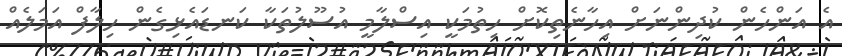
އެ އަންހެން ކުދިންނަށް އިހާނެތިކޮށް ހިތުމަކީ އިސްލާމީ އުސޫލުތަކާ ކަނޑައެޅިގެން ހިލާފް އަމަލެއް